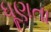
ધૂણતા